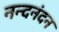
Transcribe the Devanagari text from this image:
नन्दनंदन